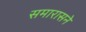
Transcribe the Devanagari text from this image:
समारासने